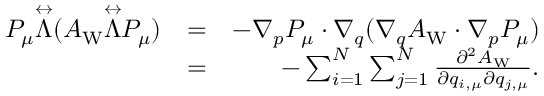
\begin{array} { r l r } { P _ { \mu } \overset \leftrightarrow { \Lambda } ( A _ { \mathrm { W } } \overset \leftrightarrow { \Lambda } P _ { \mu } ) } & { = } & { - { \nabla } _ { \b { p } } P _ { \mu } \cdot { \nabla } _ { \b { q } } ( { \nabla } _ { \b { q } } A _ { \mathrm { W } } \cdot { \nabla } _ { \b { p } } P _ { \mu } ) } \\ & { = } & { - \sum _ { i = 1 } ^ { N } \sum _ { j = 1 } ^ { N } \frac { \partial ^ { 2 } A _ { \mathrm { W } } } { \partial q _ { i , \mu } \partial q _ { j , \mu } } . } \end{array}